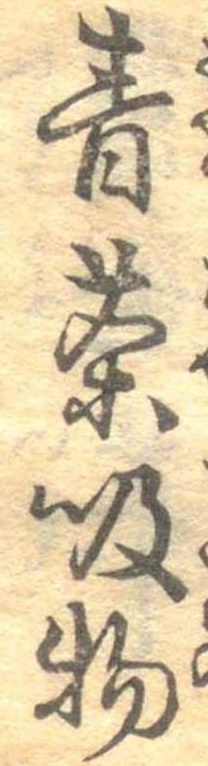
青茶吸物